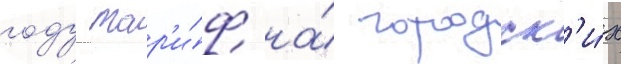
году тар'и́ф на́ городск'и́х